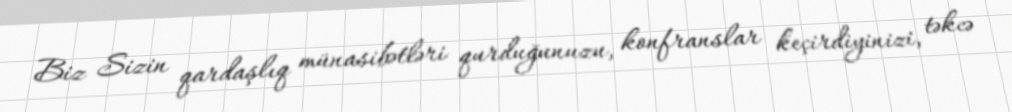
Biz Sizin qardaşlıq münasibətləri qurduğunuzu, konfranslar keçirdiyinizi, təkcə